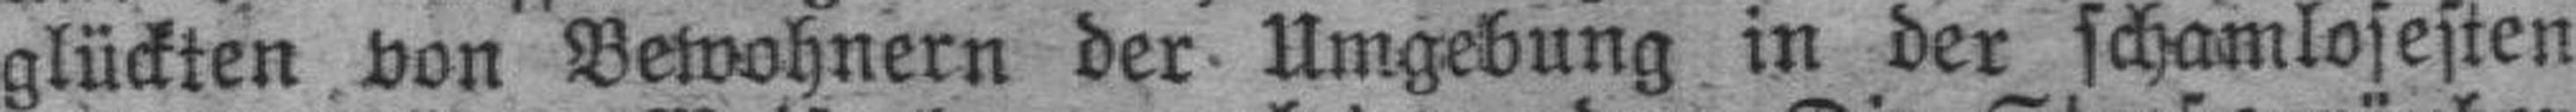
glückten von Bewohnern der Umgebung in der schamlosesten